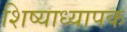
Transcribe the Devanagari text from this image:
शिष्याध्यापक